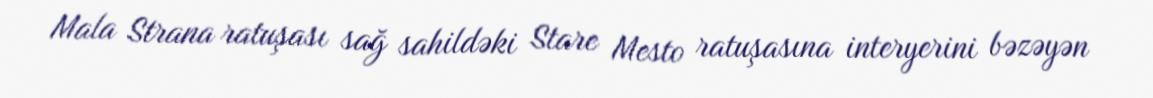
Mala Strana ratuşası sağ sahildəki Stare Mesto ratuşasına interyerini bəzəyən